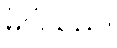
မိပါသည်။